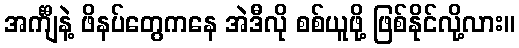
အင်္ကျီနဲ့ ဖိနပ်တွေကနေ အဲဒီလို စစ်ယူဖို့ ဖြစ်နိုင်လို့လား။